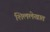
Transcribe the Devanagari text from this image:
शिललेखात